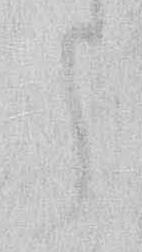
う